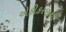
એકીકરણથી